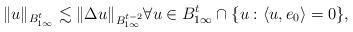
LaTeX: \begin{align*}\|u\|_{B^t_{1\infty}} \lesssim \|\Delta u\|_{B^{t-2}_{1\infty}} \forall u \in B^t_{1\infty} \cap \{u:\langle u, e_0 \rangle =0\},\end{align*}